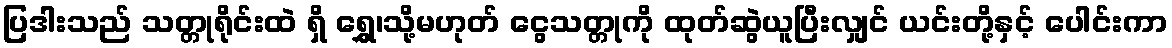
ပြဒါးသည် သတ္တုရိုင်းထဲ ရှိ ရွှေ၊သို့မဟုတ် ငွေသတ္တုကို ထုတ်ဆွဲယူပြီးလျှင် ယင်းတို့နှင့် ပေါင်းကာ